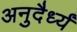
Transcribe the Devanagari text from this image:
अनुदैर्ध्यं